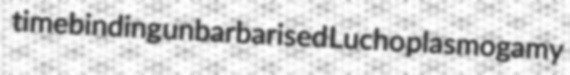
timebinding unbarbarised Lucho plasmogamy